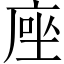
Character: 𫝶